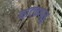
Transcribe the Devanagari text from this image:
नाटकगलु